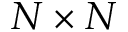
N \times N